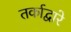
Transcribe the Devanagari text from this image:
तर्काद्वारे